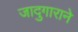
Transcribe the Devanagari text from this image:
जादुगाराने